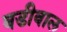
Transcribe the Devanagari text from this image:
बडीवाल